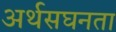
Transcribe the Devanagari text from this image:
अर्थसघनता